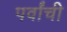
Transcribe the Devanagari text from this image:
पर्वांची